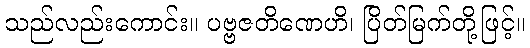
သည်လည်းကောင်း။ ပဗ္ဗဇတိဏေဟိ၊ ပြိတ်မြက်တို့ဖြင့်။